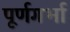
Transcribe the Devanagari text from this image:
पूर्णगर्भा